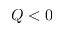
Q < 0